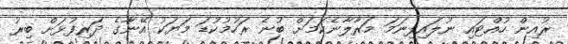
ރުއިން ހުއްޓައި ނުލައިފިނަމަ މަރާލާނެކަމަށް ބުނެ ރަހުމުކުޑަ މަޔަކު އޭނާގެ ދަރިފުޅަށް ބިރު